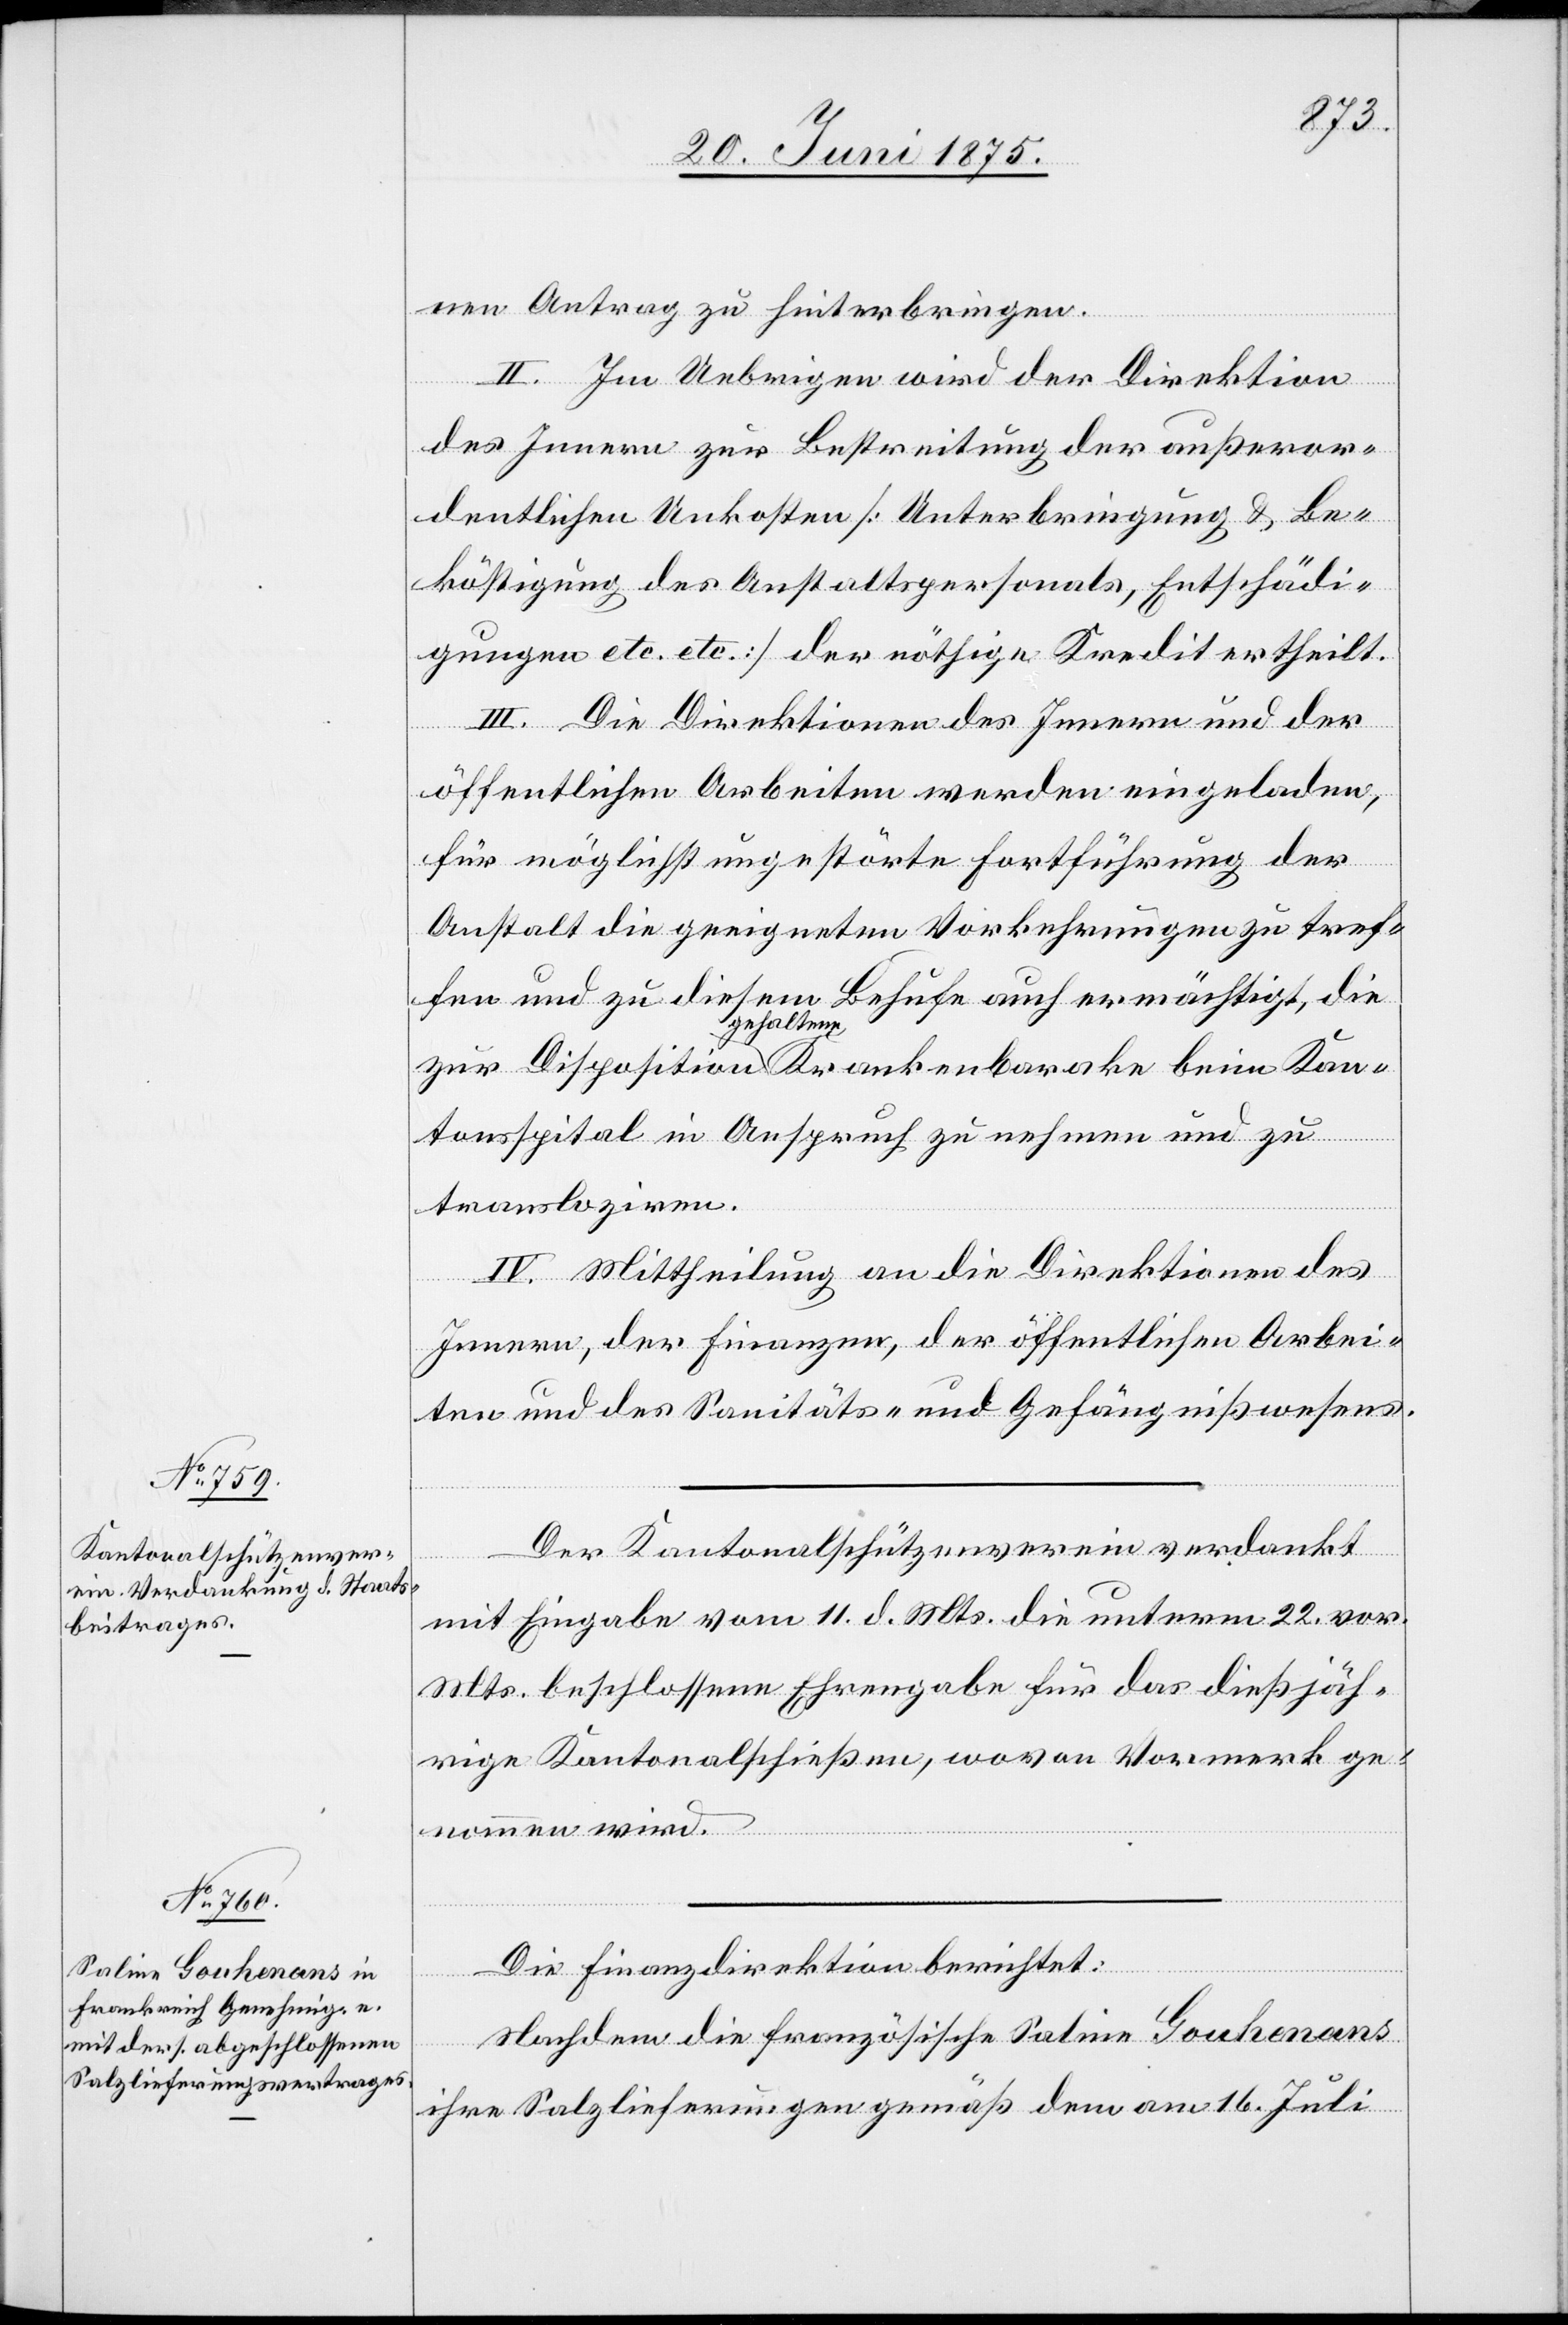
nen Antrag zu hinterbringen.
racke
II. Im Uebrigen wird der Direktion
des Innern zur Bestreitung der außeror¬
dentlichen Unkosten [Unterbringung & Be¬
köstigung des Anstaltpersonals, Entschädi¬
gungen etc. etc.] der nöthige Kredit ertheilt.
III. Die Direktionen des Innern und der
öffentlichen Arbeiten werden eingeladen,
für möglichst ungestörte Fortführung der
Anstalt die geeigneten Vorkehrungen zu tref¬
fen und zu diesem Behufe auch ermächtigt, die
gehaltene
tonsspital in Anspruch zu nehmen und zu
transloziren.
IV. Mittheilung an die Direktionen des
Innern, der Finanzen, der öffentlichen Arbei¬
ten und des Sanitäts- und Gefängnißwesens.
Der Kantonalschützenverein verdankt
mit Eingabe vom 11. d. Mts die unterm 22. vor.
Mts. beschlossene Ehrengabe für das dießjäh¬
rige Kantonalschießen, wovon Vormerk ge¬
nommen wird.
Die Finanzdirektion berichtet:
beim Kan¬
Nachdem die französische Saline Gouhenans
ihre Salzlieferungen gemäß dem am 16. Juli